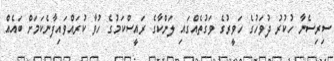
ސިރިސެނާ ހުކުރު ދުވަހުގެ ހަވީރުގެ ވަގުތެއްގައި ލަންކާގެ ރައީސްކަމުގެ ހުވާ ކުރައްވައިފާނެކަމަށް ބައެއް